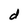
Character: d